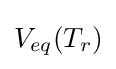
V_{eq}(T_{r})